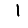
Digit: 1